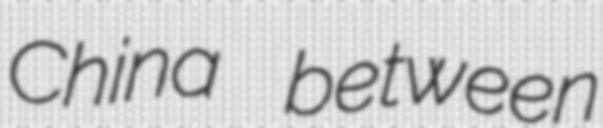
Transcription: China between